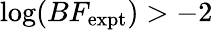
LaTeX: \log(BF_{\mathrm{expt}})>-2